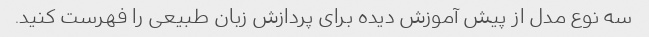
سه نوع مدل از پیش آموزش دیده برای پردازش زبان طبیعی را فهرست کنید.